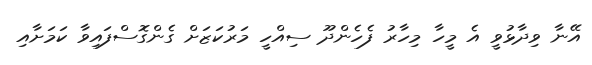
އޭނާ ވިދާޅުވީ އެ މީހާ މިހާރު ފެހެންދޫ ސިއްހީ މަރުކަޒަށް ގެންގޮސްފައިވާ ކަމަށާއި